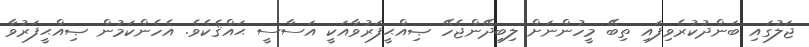
ޖަލުގައި ބަންދުކުރެވިފައި ތިބޭ މީހުންނަށް ލިބިދޭންޖެހޭ ޞިއްޙީފަރުވާއަކީ އަސާސީ ޙައްޤެކެވެ. އެހެންކަމުން ޞިއްޙީފަރުވާ